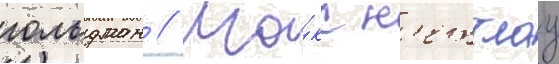
гольдман // Ма́кс н'еттлау